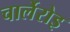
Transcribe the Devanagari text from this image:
चार्लेरोइ